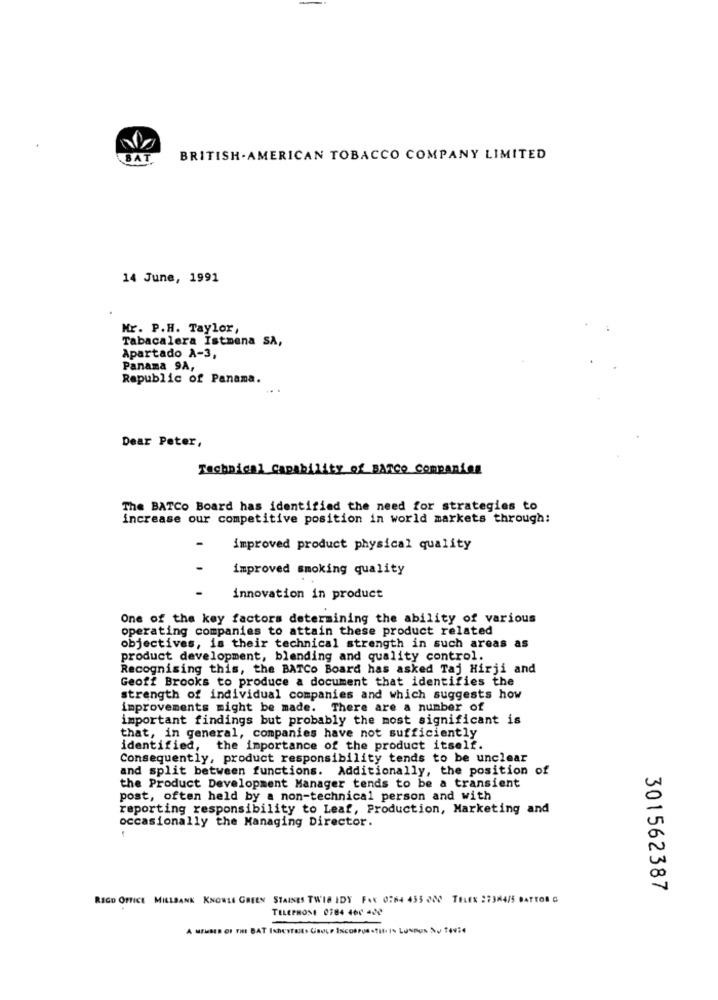
BAT
BRITISH. AMERICAN TOBACCO COMPANY LIMITED
14 June, 1991
Nr. P.H. Taylor,
Tabacalera Istmena SA,
Apartado A-3,
Panama 9A,
Republic of Panama.
Dear Peter,
Technical Capability of BANCO Companies
The BATCo Board has identified the need for strategies to
increase our competitive position in world markets through:
improved product physical quality
improved smoking quality
innovation in product
One of the key factors determining the ability of various
operating companies to attain these product related
objectives, is their technical strength in such areas as
product development, blending and quality control.
Recognising this, the BATCo Board has asked Taj Hirji and
Geoff Brooks to produce a document that identifies the
strength of individual companies and which suggests how
improvements might be made. There are a number of
important findings but probably the most significant is
that, in general, companies have not sufficiently
identified, the importance of the product itself
Consequently, product responsibility tends to be unclear
and split between functions. Additionally, the position of
the Product Development Manager tends to be a transient
post, often held by a non-technical person and with
reporting responsibility to Leaf, Production, Marketing and
occasionally the Managing Director.
301562387
RIGO OFFICE MILLBANK KNOWLE GREEN STAINES TWIS IDY FAX 0:64 455 000 TELEX 27384/5 GATTOR G
TELEPHONE 0784 460 400